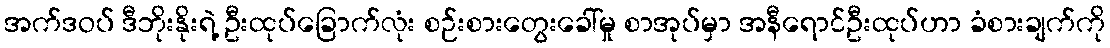
အက်ဒဝပ် ဒီဘိုးနိုးရဲ့ ဦးထုပ်ခြောက်လုံး စဉ်းစားတွေးခေါ်မှု စာအုပ်မှာ အနီရောင်ဦးထုပ်ဟာ ခံစားချက်ကို